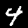
Digit: 4